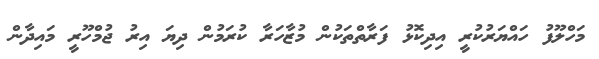
މަހްލޫފު ހައްޔަރުކުރީ އިދިކޮޅު ފަރާތްތަކުން މުޒާހަރާ ކުރަމުން ދިޔަ އިރު ޖުމްހޫރީ މައިދާން